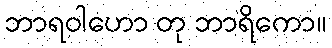
ဘာရဝါဟော တု ဘာရိကော။